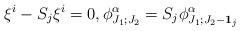
LaTeX: \begin{align*}\xi^i-S_j\xi^i=0,\phi^{\alpha}_{J_1;J_2}=S_j\phi^{\alpha}_{J_1;J_2-\bold{1}_j}\end{align*}